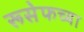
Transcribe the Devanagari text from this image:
रूसेफच्या